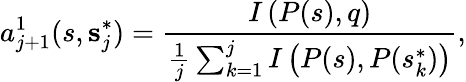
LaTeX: a_{j+1}^{1}(s,\textbf{s}_{j}^{*})=\frac{I\left(P(s),q\right)}{\frac{1}{j}\sum_{k=1}^{j}I\left(P(s),P(s_{k}^{*})\right)},